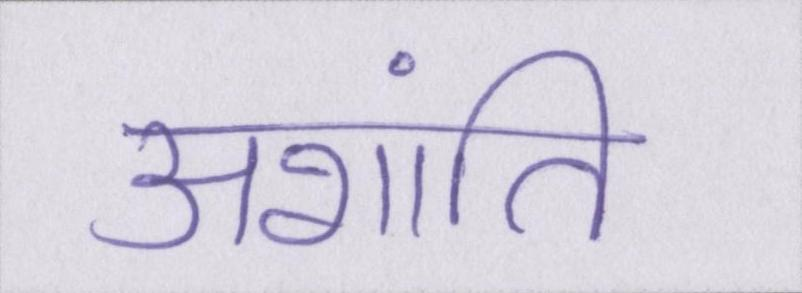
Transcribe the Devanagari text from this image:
अशांति